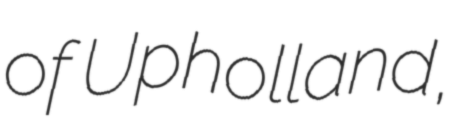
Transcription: of Upholland,